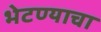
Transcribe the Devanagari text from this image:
भेटण्याचा